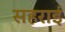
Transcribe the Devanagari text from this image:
सहराई